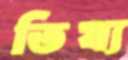
তিষ্য